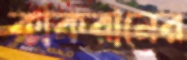
কাকরানের